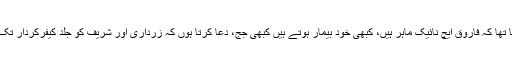
ان کا مزید کہنا تھا کہ فاروق ایچ نائیک ماہر ہیں، کبھی خود بیمار ہوتے ہیں کبھی جج، دعا کرتا ہوں کہ زرداری اور شریف کو جلد کیفرکردار تک پہنچایا جائے۔